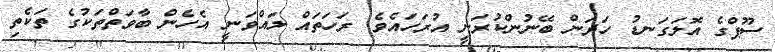
ސޫޕްގެ އޮލަގަނޑު ހަދަން ބޭނުންކުރަނީ އުރަހައެވެ. ރަހަތައް ލައްވަނީ އެހެން ބާވަތްތަކުގެ ތަކެތި